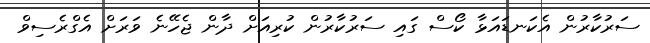
ސަރުކާރުން އެކަނޑައަޅާ ކޯސް ގައި ސަރުކާރުން ކުރިއަށް ދާން ޖެހޭނެ ވަރަށް އެގްރެސިވް